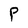
Character: P